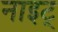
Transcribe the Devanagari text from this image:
नाइट्